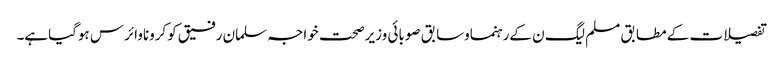
تفصیلات کے مطابق مسلم لیگ ن کےرہنماوسابق صوبائی وزیرصحت خواجہ سلمان رفیق کوکروناوائرس ہوگیاہے۔